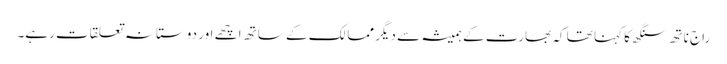
راج ناتھ سنگھ کا کہنا تھا کہ بھارت کے ہمیشہ سے دیگر ممالک کے ساتھ اچھے اور دوستانہ تعلقات رہے۔